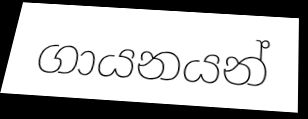
ගායනයන්